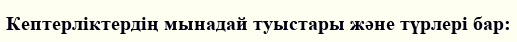
Кептерліктердің мынадай туыстары және түрлері бар: